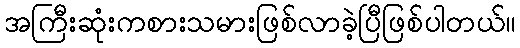
အကြီးဆုံးကစားသမားဖြစ်လာခဲ့ပြီဖြစ်ပါတယ်။